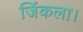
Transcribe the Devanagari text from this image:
जिंकला।